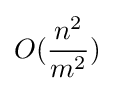
O({\frac {n^{2}}{m^{2}}})